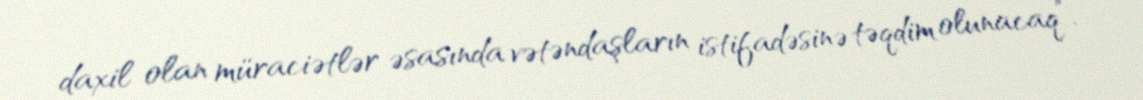
daxil olan müraciətlər əsasında vətəndaşların istifadəsinə təqdim olunacaq”.